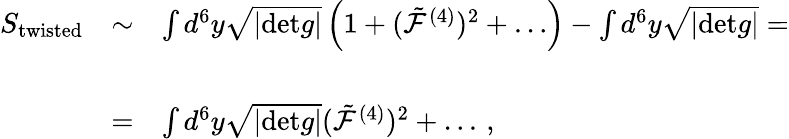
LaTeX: \begin{array}{rcl}{{S_{\mathrm{twisted}}}}&{{\sim}}&{{\int d^{6}y\sqrt{|\mathrm{det}g|}\left(1+({\tilde{\cal F}}^{(4)})^{2}+\dots\right)-\int d^{6}y\sqrt{|\mathrm{det}g|}=}}\\ {{}}&{{}}&{{}}\\ {{}}&{{=}}&{{\int d^{6}y\sqrt{|\mathrm{det}g|}({\tilde{\cal F}}^{(4)})^{2}+\dots\, ,}}\end{array}